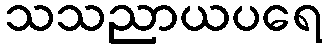
သသညာယပရေ